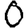
Digit: 0